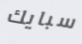
سبايك